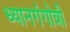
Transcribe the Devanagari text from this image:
ध्यानगंगोत्री